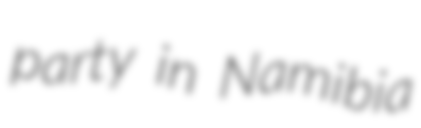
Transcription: party in Namibia